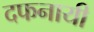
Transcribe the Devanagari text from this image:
दफनायी